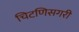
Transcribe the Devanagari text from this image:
चिटणिसगरी